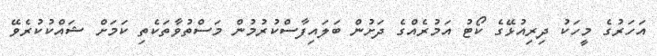
އަހަރުގެ މީހަކު ދިރިއުޅޭގެ ކޯޓު އަމުރެއްގެ ދަށުން ބަލައިފާސްކުރުމުންް މަސްތުވާތަކެތި ކަމަށް ޝައްކުކުރެވޭ